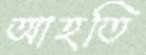
আহতি